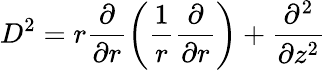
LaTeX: D^{2}=r\frac{\partial}{\partial r}\left(\frac{1}{r}\frac{\partial}{\partial r}\right)+\frac{\partial^{2}}{\partial z^{2}}